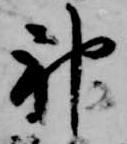
神